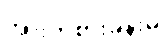
အားကစားခန်းမ